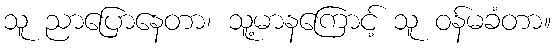
သူ ညာပြောနေတာ၊ သူ့မာနကြောင့် သူ ဝန်မခံတာ။